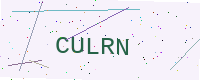
Text: CULRN